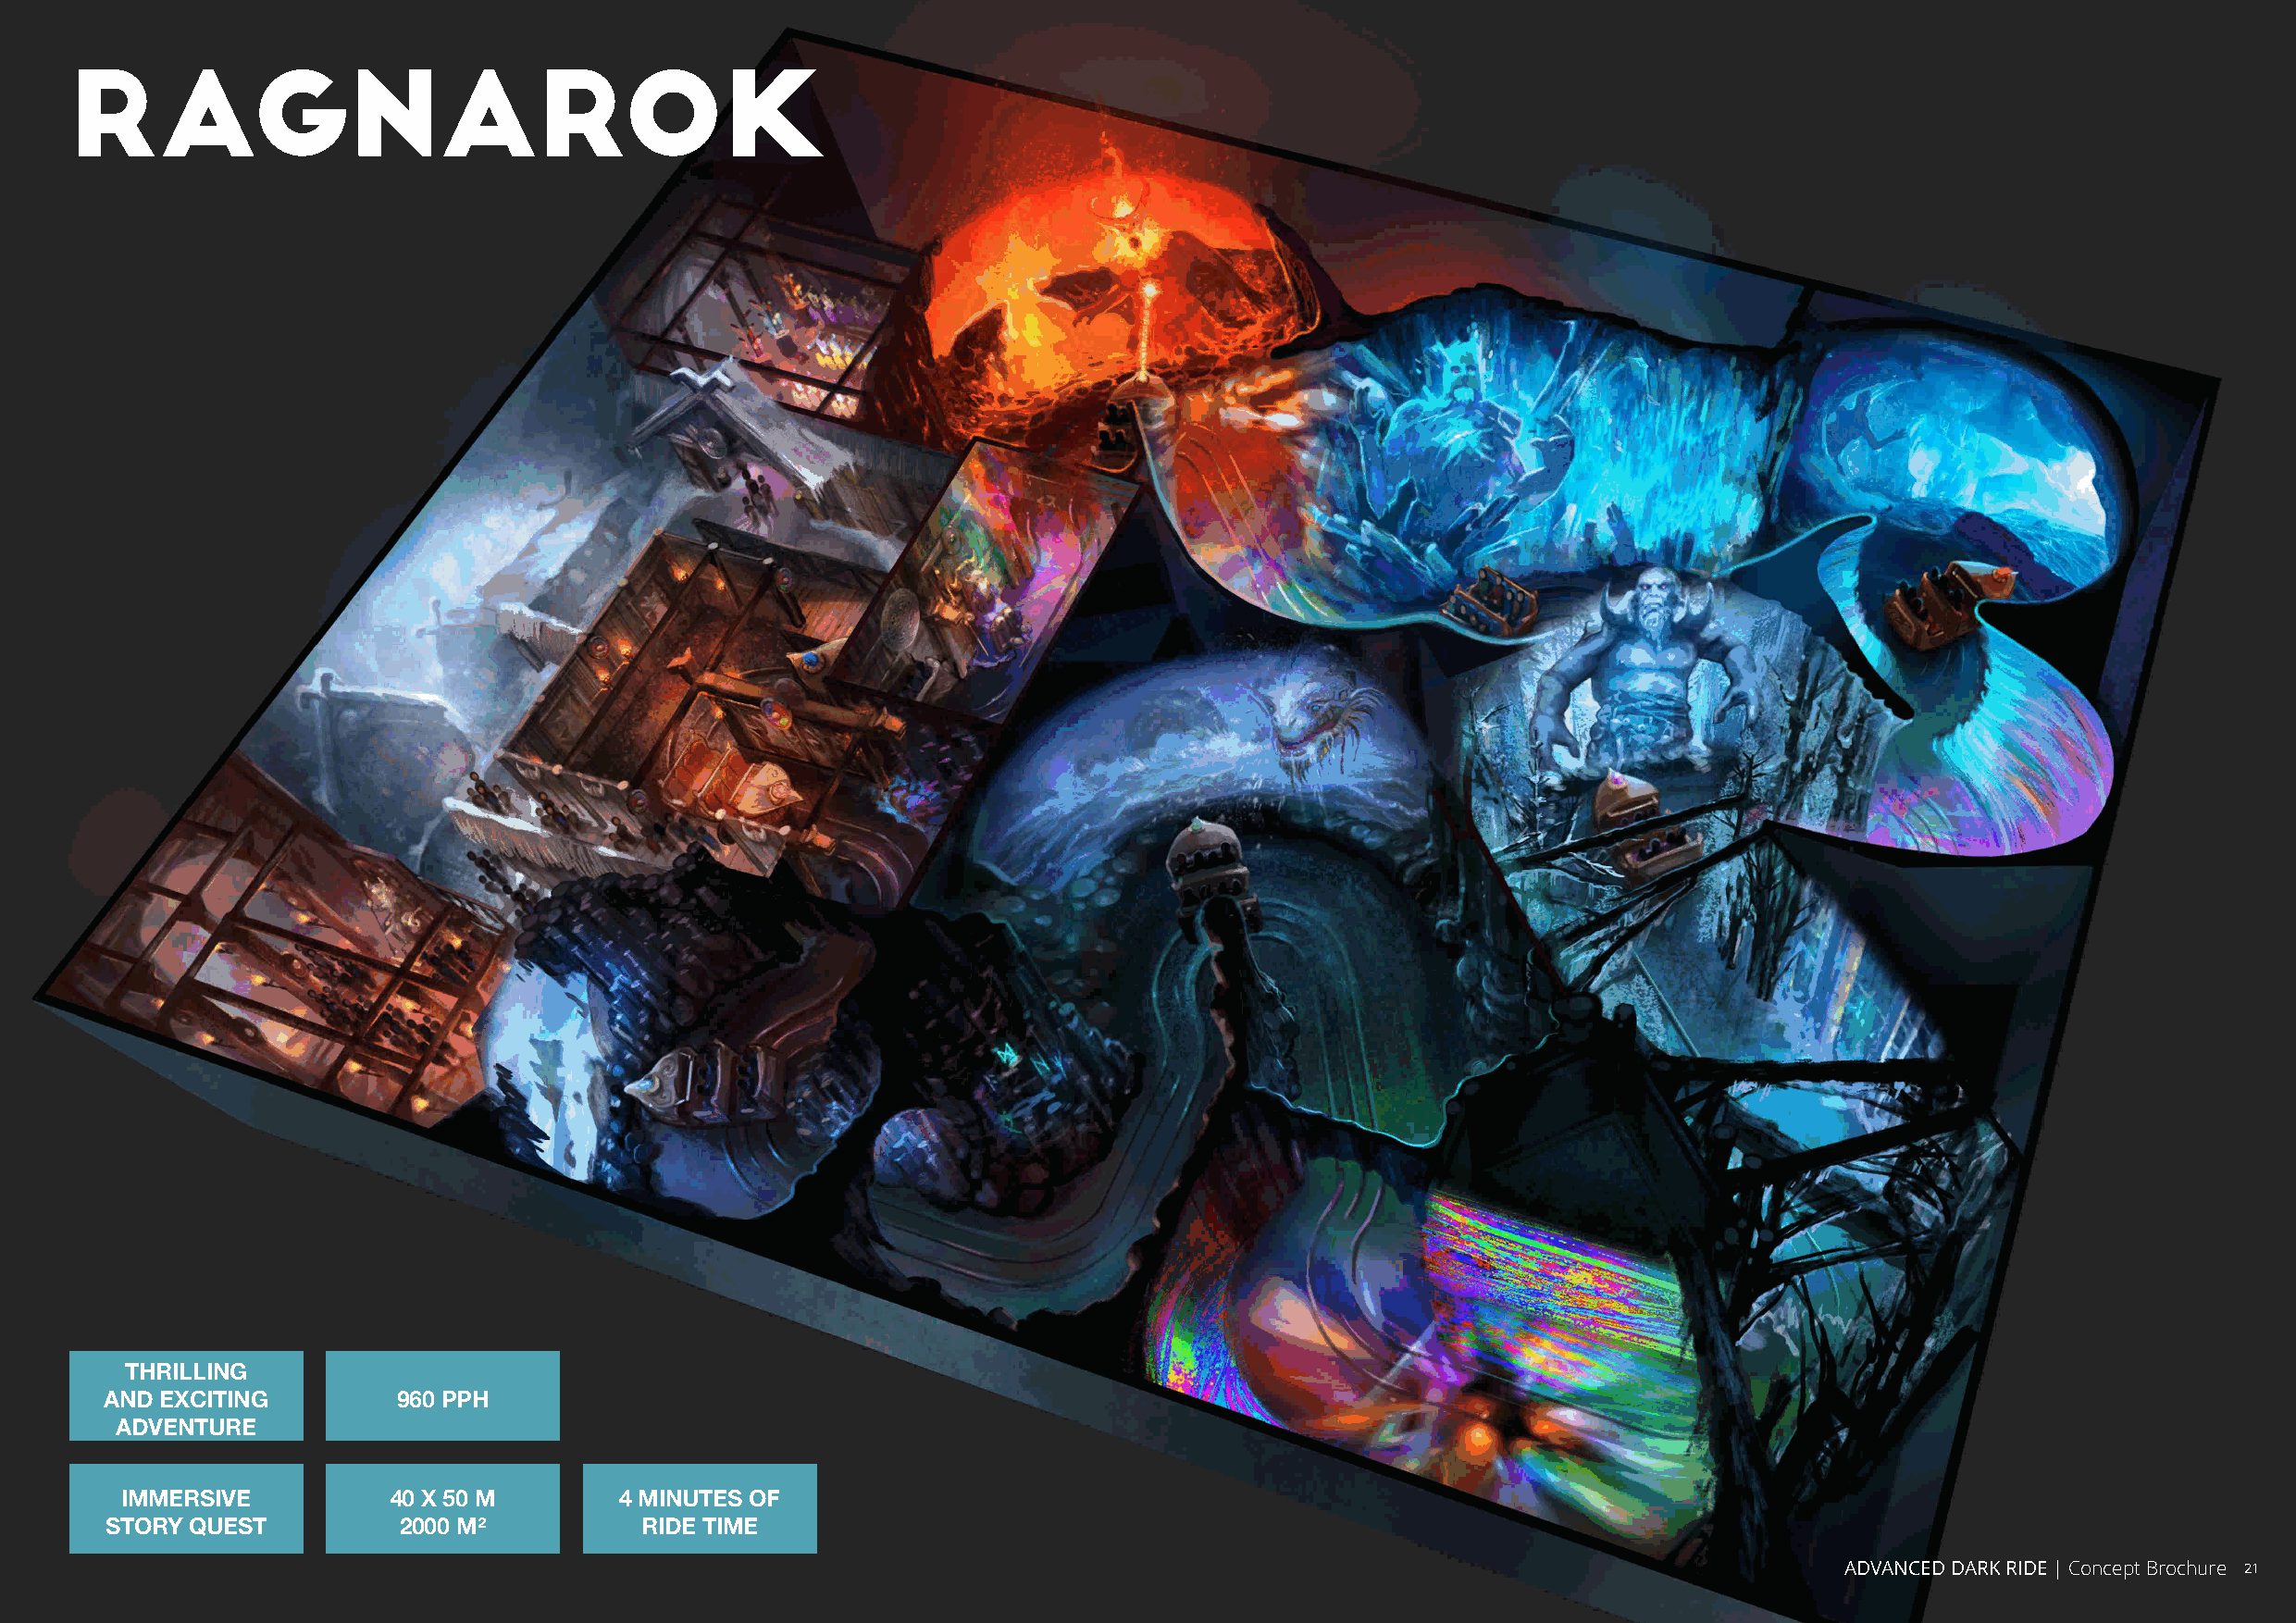
RAGNAROK
 THRILLING
 AND EXCITING         960 PPH
 ADVENTURE
 IMMERSIVE          40 X 50 M       4 MINUTES OF
 STORY QUEST          2000 M²          RIDE TIME
 AADDVVAANNCCEEDD DDAARRKK RRIIDDEE || CCoonncceepptt BBrroocchhuurree 2211